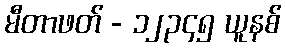
မီတာဖတ် - ၁၂၃၄၅ ယူနစ်